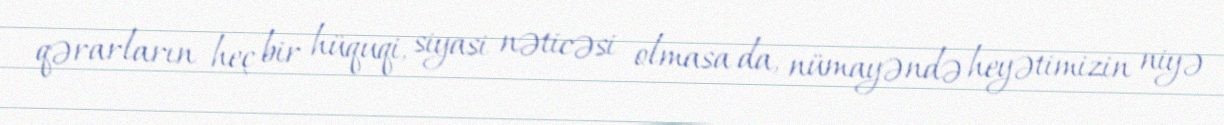
qərarların heç bir hüquqi, siyasi nəticəsi olmasa da, nümayəndə heyətimizin niyə